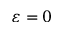
\varepsilon = 0